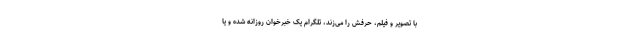
با تصویر و فیلم، حرفش را می‌زند، تلگرام یک خبرخوان روزانه شده و یا